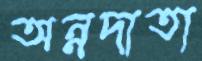
অন্নদাতা